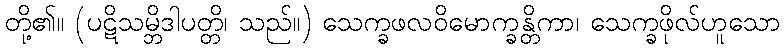
တို့၏။ (ပဋိသမ္ဘိဒါပတ္တိ၊ သည်။) သေက္ခဖလဝိမောက္ခန္တိကာ၊ သေက္ခဖိုလ်ဟူသော